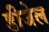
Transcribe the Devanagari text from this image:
डीजेल